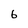
Character: 6